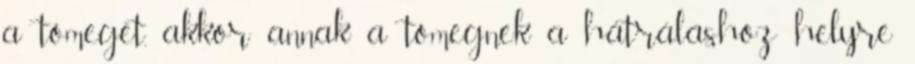
a tömeget, akkor annak a tömegnek a hátráláshoz helyre